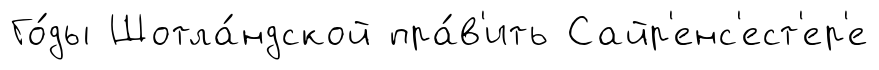
Го́ды Шотла́ндской пра́в'ить Сайр'енс'ест'ер'е